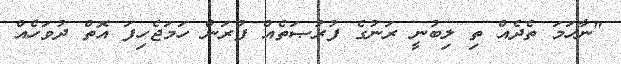
"ނާހަމަ ތެދެއް ތި ލިބުނީ ރަނުގެ ފުރުޞަތެއް ފުރަން ހަމަޖެހިފަ އޮތް ދުވަހެއް